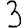
Digit: 3